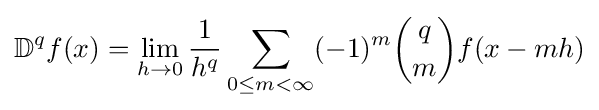
\mathbb {D} ^{q}f(x)=\lim _{h\to 0}{\frac {1}{h^{q}}}\sum _{0\leq m<\infty }(-1)^{m}{q \choose m}f(x-mh)